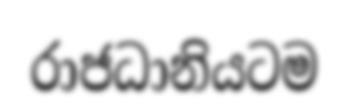
රාජධානියටම